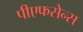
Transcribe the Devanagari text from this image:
पीएफसेन्स